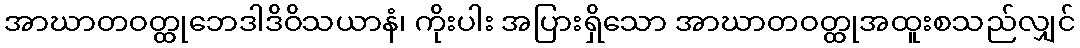
အာဃာတဝတ္ထုဘေဒါဒိဝိသယာနံ၊ ကိုးပါး အပြားရှိသော အာဃာတဝတ္ထုအထူးစသည်လျှင်